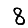
Digit: 8